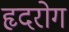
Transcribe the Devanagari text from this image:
हृदरोग